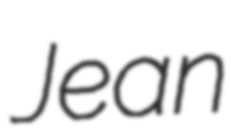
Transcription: Jean